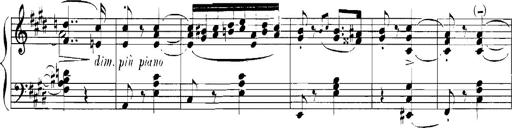
Title: Rhapsodies hongroises
Composer: Franz Liszt